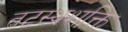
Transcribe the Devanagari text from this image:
तटस्थशक्ति